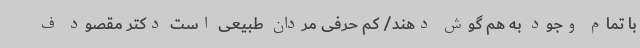
با تمام وجود به هم گوش دهند/ کم حرفی مردان طبیعی است دکتر مقصود ف